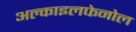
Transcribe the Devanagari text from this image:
अल्काइलफेनोल